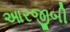
આરજીબી